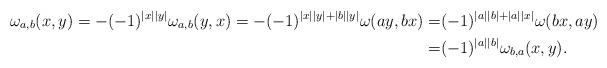
LaTeX: \begin{align*}\omega_{a,b}(x, y)=-(-1)^{|x||y|}{\omega}_{a,b}(y,x)= -(-1)^{|x||y|+|b||y|}\omega(ay,bx)=& (-1)^{|a||b|+|a||x|}\omega(bx,ay)\\=& (-1)^{|a||b|}\omega_{b,a}(x,y).\end{align*}